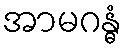
အာမဂန္ဓံ